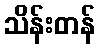
သိန်းတန်